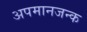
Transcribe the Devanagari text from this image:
अपमानजन्क